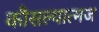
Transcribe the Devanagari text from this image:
कौसल्यात्मज